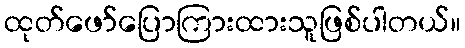
ထုတ်ဖော်ပြောကြားထားသူဖြစ်ပါတယ်။